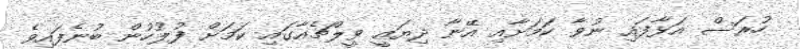
ހުރަސް އަޅާފައި ނުވާ ކަމަށާއި އޭނާ ދިޔައީ ވީލްޗެއާގައި ކަމަށް ފުލުހުން ބުނެފައިވެ